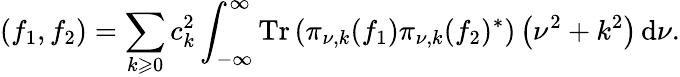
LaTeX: (f_{1},f_{2})=\sum_{k\geqslant0}c_{k}^{2}\int_{-\infty}^{\infty}\operatorname{Tr}\left(\pi_{\nu,k}(f_{1})\pi_{\nu,k}(f_{2})^{*}\right)\left(\nu^{2}+k^{2}\right)\, \mathrm{d}\nu.